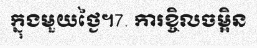
ក្នុងមួយថ្ងៃ។7. ការខ្ចិលចម្អិន